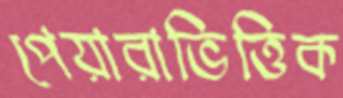
পেয়ারাভিত্তিক